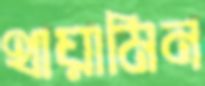
থায়ামিন